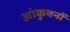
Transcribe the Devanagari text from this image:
आंकुचनों